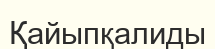
Қайыпқалиды